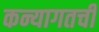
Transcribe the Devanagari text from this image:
कन्यागतची